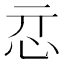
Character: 𢗏